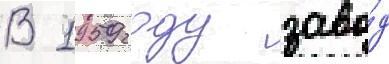
В 1959 году заво́д